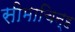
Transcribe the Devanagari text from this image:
सीमाचिन्‍ह